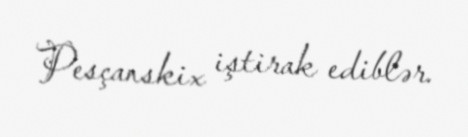
Pesçanskix iştirak ediblər.